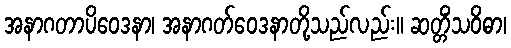
အနာဂတာပိဝေဒနာ၊ အနာဂတ်ဝေဒနာတို့သည်လည်း။ ဆတ္တိံသဝိဓာ၊